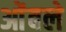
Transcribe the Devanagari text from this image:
ओंबले